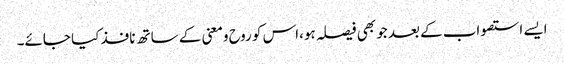
ایسے استصواب کے بعد جو بھی فیصلہ ہو،اس کو روح ومعنی کے ساتھ نافذ کیا جائے۔